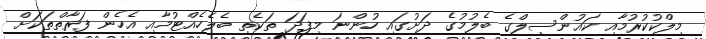
މިލްކުކުރުމާއި ކައުންސިލްގެ ބެލުމުގެ ދަށުގައި ހުންނަ މިފަދަ ތަކެތި ބެލެހެއްޓުމާއި އެހެން ފަރާތްތަކަށް